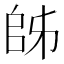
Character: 𫡜